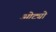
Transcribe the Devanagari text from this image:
ओट्यो